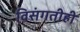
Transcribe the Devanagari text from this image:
विसंगतीही